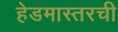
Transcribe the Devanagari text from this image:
हेडमास्तरची